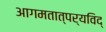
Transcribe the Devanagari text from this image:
आगमतात्पर्यविद्